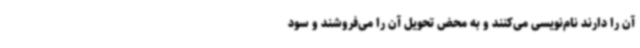
آن را دارند نام‌نویسی می‌کنند و به محض تحویل آن را می‌فروشند و سود